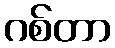
ဂစ်တာ